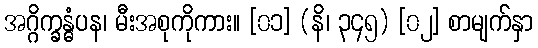
အဂ္ဂိက္ခန္ဓံပန၊ မီးအစုကိုကား။ [၀၁] (နိ၊ ၃၄၅) [၀၂] စာမျက်နှာ